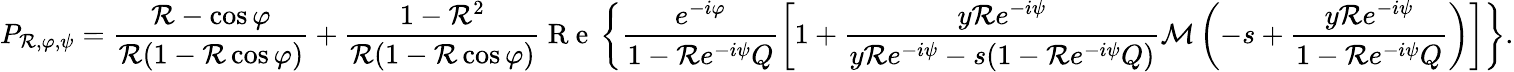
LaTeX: P_{\mathcal{R},\varphi,\psi}=\frac{{\mathcal{R}-\cos\varphi}}{{\mathcal{R}(1-\mathcal{R}\cos\varphi)}}+\frac{{1-\mathcal{R}^{2}}}{{\mathcal{R}(1-\mathcal{R}\cos\varphi)}}\mathrm{{~R~e~}}\left\{ \frac{{e^{-i\varphi}}}{{1-\mathcal{R}e^{-i\psi}Q}}\left[1+\frac{{y\mathcal{R}e^{-i\psi}}}{{y\mathcal{R}e^{-i\psi}-s(1-\mathcal{R}e^{-i\psi}Q)}}\mathcal{{M}}\left(-s+\frac{{y\mathcal{R}e^{-i\psi}}}{{1-\mathcal{R}e^{-i\psi}Q}}\right)\right]\right\} .